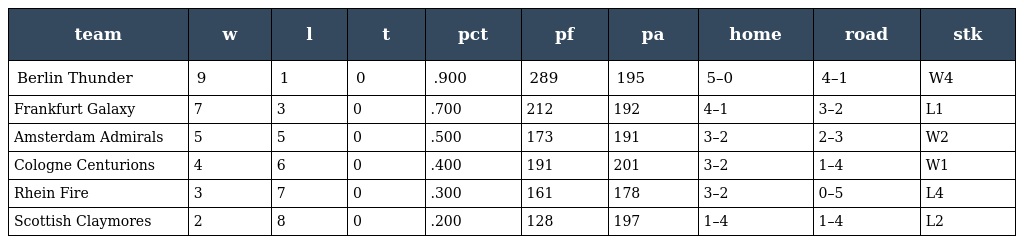
| team | w | l | t | pct | pf | pa | home | road | stk |
 | --- | --- | --- | --- | --- | --- | --- | --- | --- | --- |
 | Berlin Thunder | 9 | 1 | 0 | .900 | 289 | 195 | 5–0 | 4–1 | W4 |
 | Frankfurt Galaxy | 7 | 3 | 0 | .700 | 212 | 192 | 4–1 | 3–2 | L1 |
 | Amsterdam Admirals | 5 | 5 | 0 | .500 | 173 | 191 | 3–2 | 2–3 | W2 |
 | Cologne Centurions | 4 | 6 | 0 | .400 | 191 | 201 | 3–2 | 1–4 | W1 |
 | Rhein Fire | 3 | 7 | 0 | .300 | 161 | 178 | 3–2 | 0–5 | L4 |
 | Scottish Claymores | 2 | 8 | 0 | .200 | 128 | 197 | 1–4 | 1–4 | L2 |